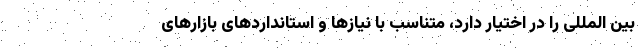
بین المللی را در اختیار دارد، متناسب با نیازها و استانداردهای بازارهای